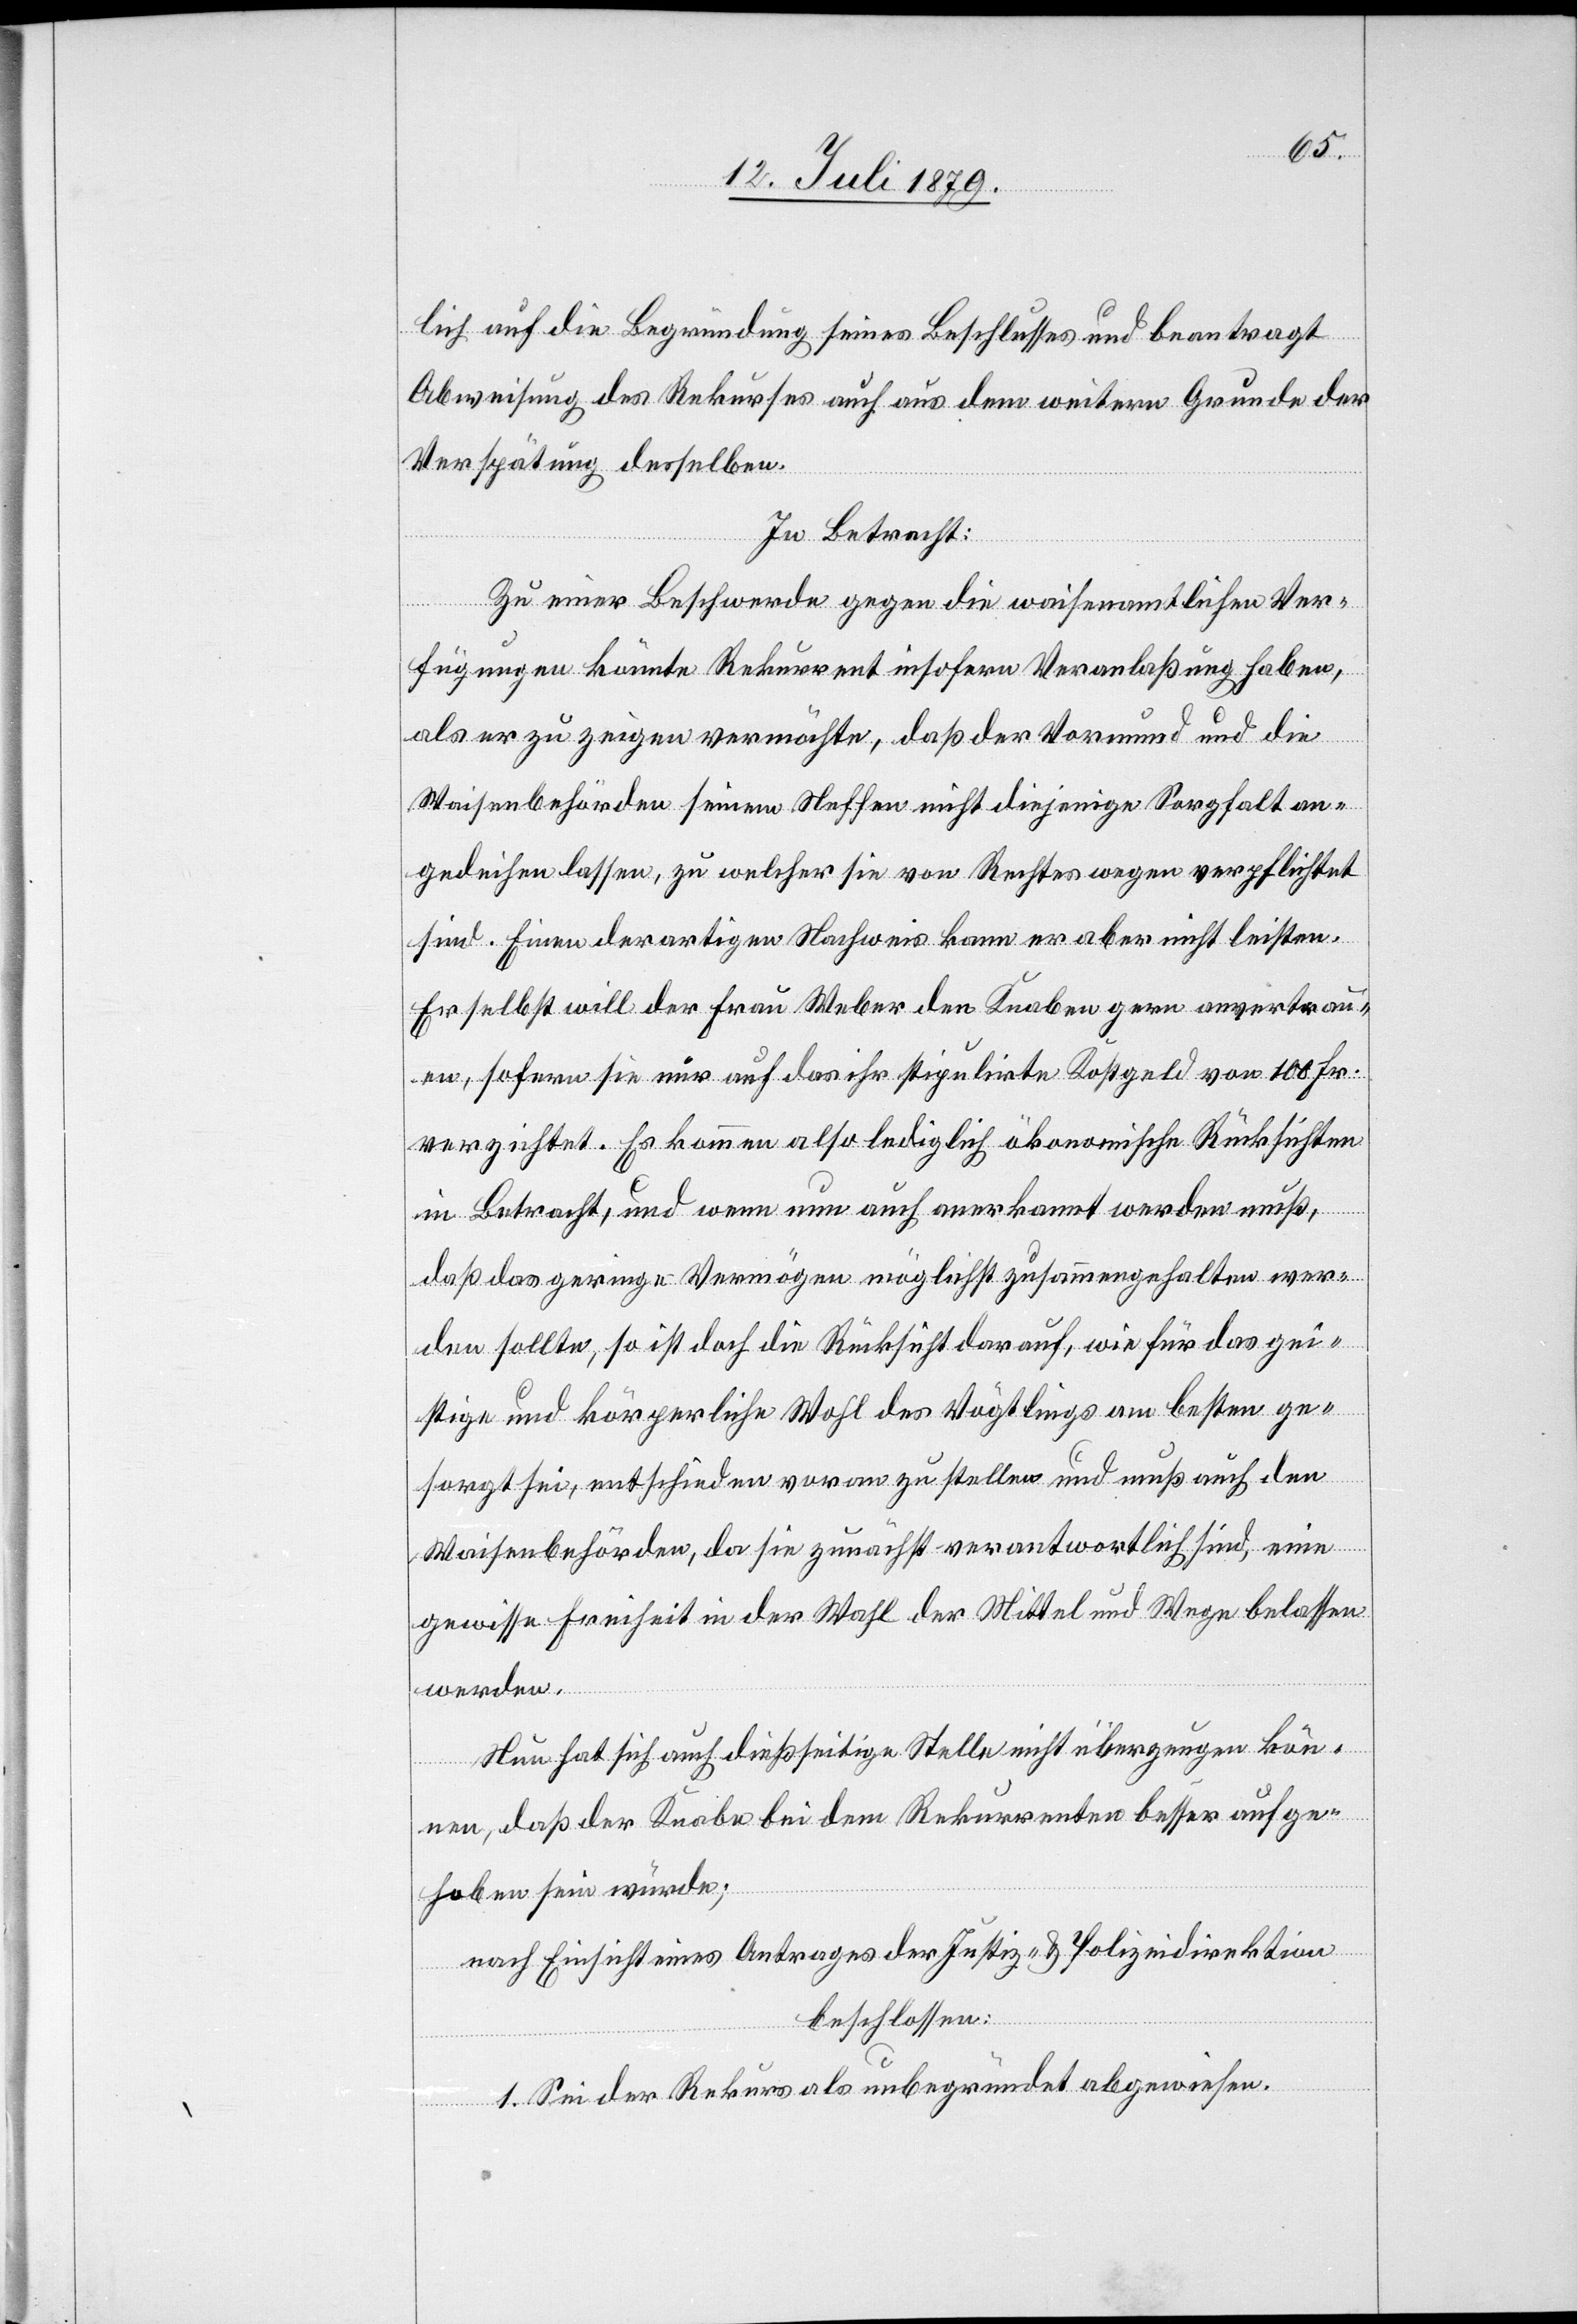
lich auf die Begründung seines Beschlusses und beantragt
Abweisung des Rekurses auch aus dem weitern Grunde der
Verspätung desselben.
In Betracht:
Zu einer Beschwerde gegen die waisenamtlichen Ver¬
fügungen könnte Rekurrent insofern Veranlaßung haben,
als er zu zeigen vermöchte, daß der Vormund und die
Waisenbehörden seinem Neffen nicht diejenige Sorgfalt an¬
gedeihen lassen, zu welcher sie von Rechtes wegen verpflichtet
sind. Einen derartigen Nachweis kann er aber nicht leisten.
Er selbst will der Frau Weber den Knaben gern anvertrau¬
en, sofern sie nur auf das ihr stipulirte Kostgeld von 100 Fr.
verzichtet. Es kommen also lediglich ökonomische Rücksichten
in Betracht, und wenn nun auch anerkannt werden muß,
daß das geringe Vermögen möglichst zusammengehalten wer¬
den sollte, so ist doch die Rücksicht darauf, wie für das gei¬
stige und körperliche Wohl des Vögtlings am besten ge¬
sorgt sei, entschieden voran zu stellen und muß auch den
Waisenbehörden, da sie zunächst verantwortlich sind, eine
gewisse Freiheit in der Wahl der Mittel und Wege belassen
werden.
Nun hat sich auch dießseitige Stelle nicht überzeugen kön¬
nen, daß der Knabe bei dem Rekurrenten besser aufge¬
hoben sein würde;
nach Einsicht eines Antrages der Justiz- & Polizeidirektion
beschlossen:
1. Sei der Rekurs als unbegründet abgewiesen.